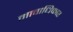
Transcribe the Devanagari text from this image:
मावाधिकार